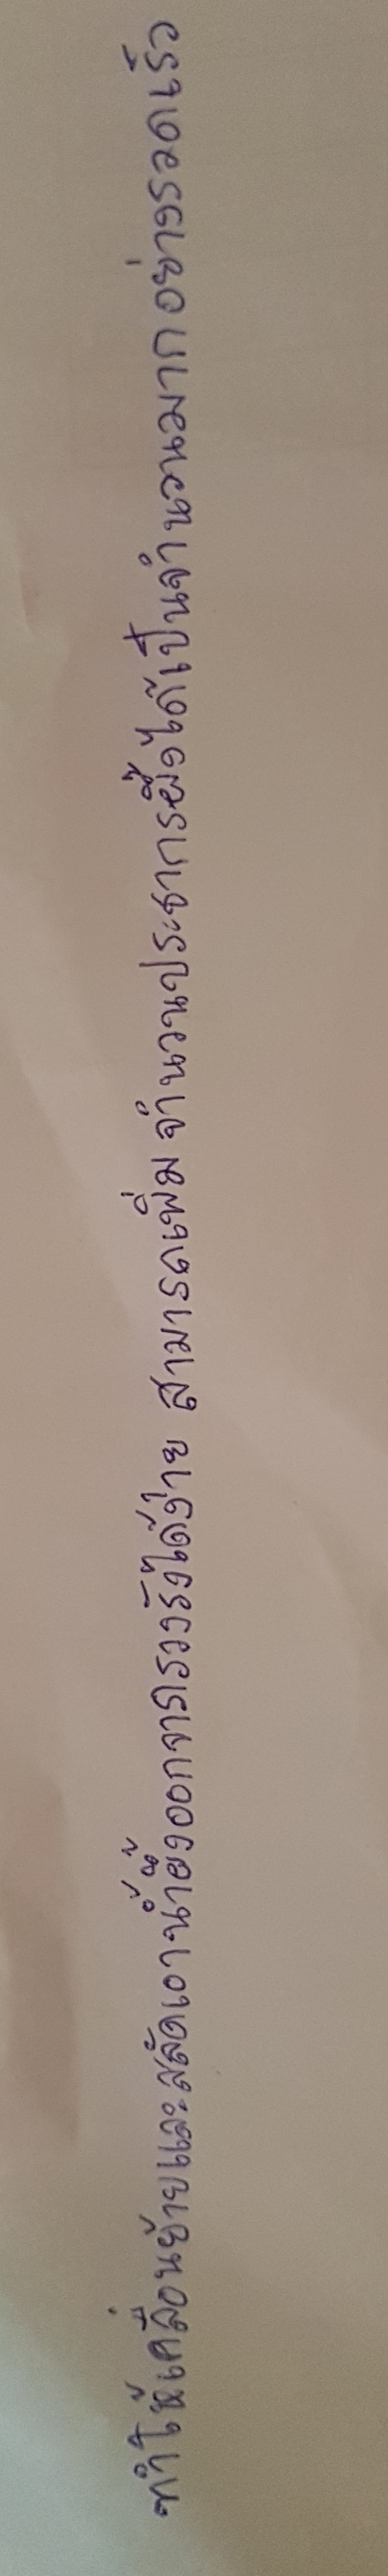
ทำให้เคลื่อนย้ายและสลัดเอาน้ำผึ้งออกจากรวงรังได้ง่ายสามารถเพิ่มจำนวนประชากรผึ้งได้เป็นจำนวนมากอย่างรวดเร็ว